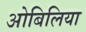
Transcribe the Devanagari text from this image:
ओबिलिया